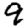
Digit: 9